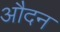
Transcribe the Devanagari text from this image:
औदन